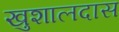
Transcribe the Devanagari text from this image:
खुशालदास